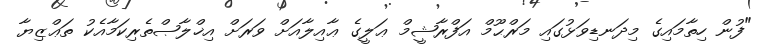
"ފުން ހިތާމައިގެ މިދަނޑިވަޅުގައި މަރްޙޫމް އަފްރާޝީމް ޢަލީގެ ޢާއިލާއަށް ވަރަށް އިޚްލާޞްތެރިކަމާއެކު ތަޢްޒިޔާ